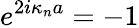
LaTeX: e^{2i\kappa_{n}a}=-1